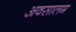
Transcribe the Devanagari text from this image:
अवसालम